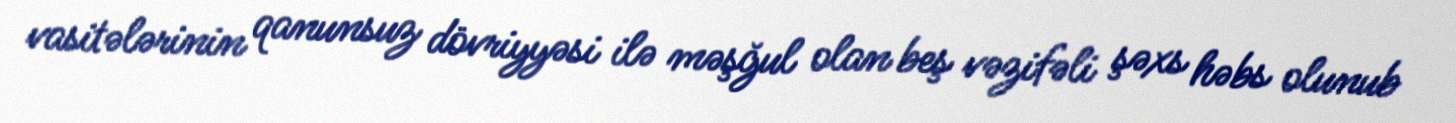
vasitələrinin qanunsuz dövriyyəsi ilə məşğul olan beş vəzifəli şəxs həbs olunub